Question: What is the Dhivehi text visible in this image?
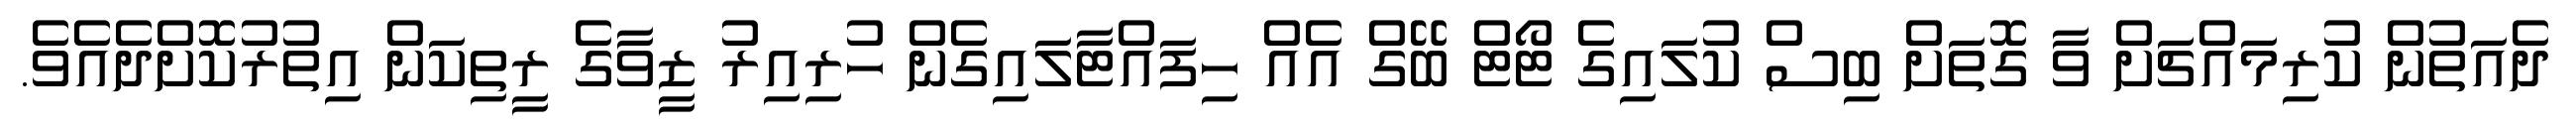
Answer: ދެއަތުން ކުރިމައްޗަށް ވާ ގޮތަށް ބިސް ކުލައިގެ ޓޯޓް ބޭގް އެއް ހިފައްޓާލައިގެން ހުރިއިރު ޒީވާގެ ރީތިކަން އިތުރުކޮށްދެއެވެ.